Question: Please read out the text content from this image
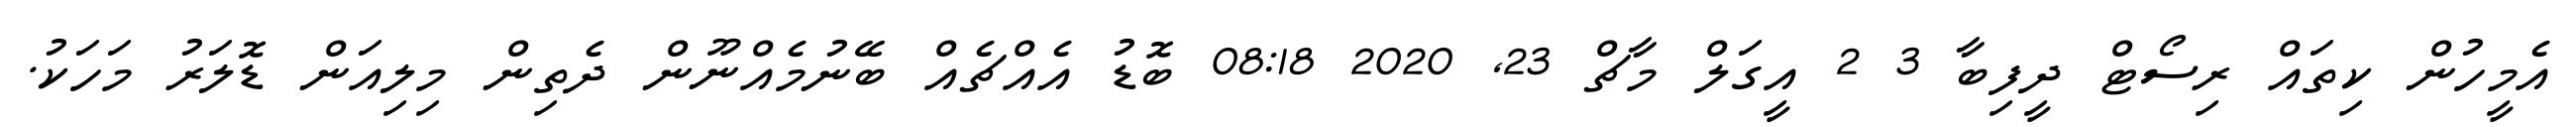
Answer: އެމީހުން ކިތައް ރިސޯޓް ދީފިބާ 3 2 އީގަލް މާޗް 23, 2020 08:18 ބޮޑު އެއްޗެއް ބޭނުމެއްނޫން ދެތިން މިލިއަން ޑޮލަރު މަހަކު.